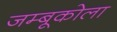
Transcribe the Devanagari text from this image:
जम्बूकोला